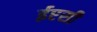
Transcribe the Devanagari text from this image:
ईएसी